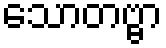
သောတဗ္ဗာ